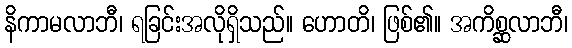
နိကာမလာဘီ၊ ရခြင်းအလိုရှိသည်။ ဟောတိ၊ ဖြစ်၏။ အကိစ္ဆလာဘီ၊